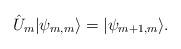
LaTeX: \begin{align*}\hat{U}_m|\psi _{m,m}\rangle =|\psi _{m+1,m}\rangle .\end{align*}